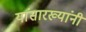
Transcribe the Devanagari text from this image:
यांसारख्यांनी